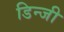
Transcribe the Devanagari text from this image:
डिन्जी